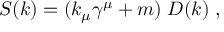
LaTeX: S ( k ) = ( k _ { \mu } \gamma ^ { \mu } + m ) \; D ( k ) \; ,